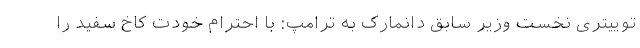
توییتری نخست وزیر سابق دانمارک به ترامپ: با احترام خودت کاخ سفید را